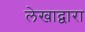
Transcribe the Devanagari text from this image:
लेखाद्वारा